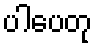
ပါပေတု